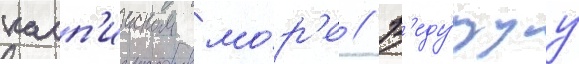
касп'ииском мо́р'е // В'еду́щуу